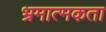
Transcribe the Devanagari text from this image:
भ्रमात्मकता